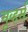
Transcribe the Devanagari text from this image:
मूव्हर्स